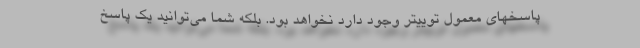
پاسخهای معمول توییتر وجود دارد نخواهد بود. بلکه شما می‌توانید یک پاسخ